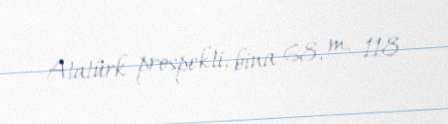
Atatürk prospekti, bina 68, m. 118